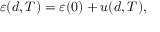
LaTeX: \varepsilon ( d , T ) = \varepsilon ( 0 ) + u ( d , T ) ,